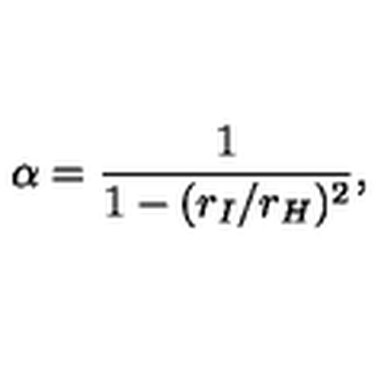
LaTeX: \alpha = \frac { 1 } { 1 - ( r _ { I } / r _ { H } ) ^ { 2 } } ,